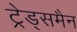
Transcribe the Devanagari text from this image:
ट्रेड्समैन